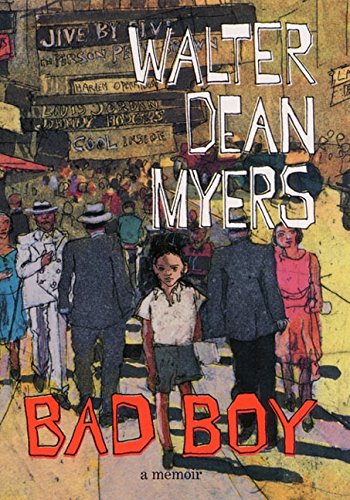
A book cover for Bad Boy: A Memoir; Walter Dean Myers; Teen & Young Adult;